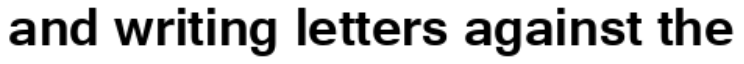
and writing letters against the